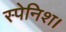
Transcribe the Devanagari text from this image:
स्पेनिश।